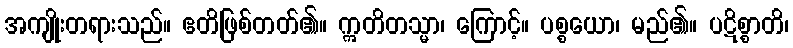
အကျိုးတရားသည်။ ဧတိဖြစ်တတ်၏။ ဣတိတသ္မာ၊ ကြောင့်။ ပစ္စယော၊ မည်၏။ ပဋိစ္စာတိ၊